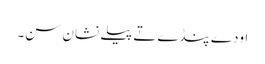
اودے پنڈے تے پیلے نشان سن۔